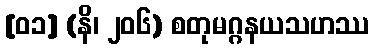
[၀၁] (နိ၊ ၂၀၆) စတုမဂ္ဂနယသဟဿ